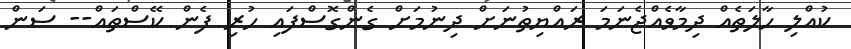
ކުއްލި ހާލަތެއް ދިމާވެއްޖެނަމަ ރައްޔިތުނަށް ދިނުމަށް ގެންގޮސްފައި ހުރި ފެން ކޭސްތައް-- ސަން